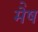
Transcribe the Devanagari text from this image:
मेेष